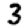
Digit: 3